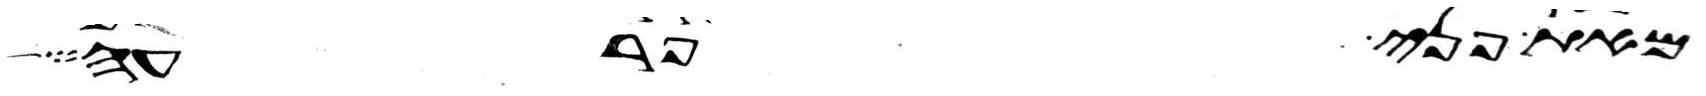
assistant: מאת פני פרעה